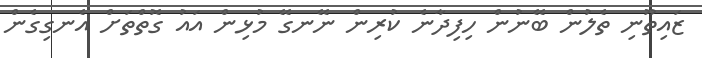
ޒައިތޫނި ތެލުން ބޭނުން ހިފިދާނެ ކުރިން ނޭނގޭ މުޅިން އައު ގޮތްތަށް އެނގިގެން